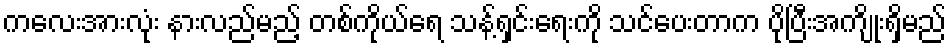
ကလေးအားလုံး နားလည်မည့် တစ်ကိုယ်ရေ သန့်ရှင်းရေးကို သင်ပေးတာက ပိုပြီးအကျိုးရှိမည်